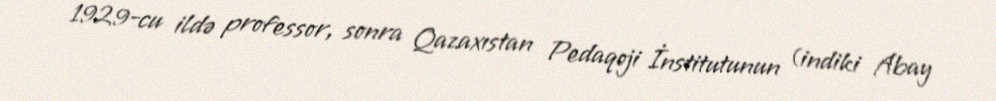
1929-cu ildə professor, sonra Qazaxıstan Pedaqoji İnstitutunun (indiki Abay